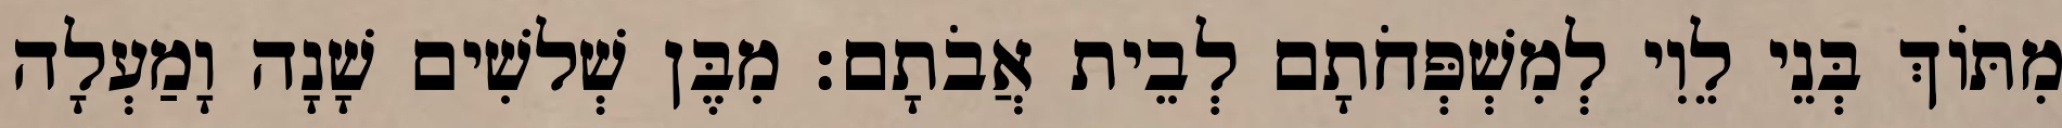
מִתּוֹךְ בְּנֵי לֵוִי לְמִשְׁפְּחֹתָם לְבֵית אֲבֹתָם׃ מִבֶּן שְׁלשִׁים שָׁנָה וָמַעְלָה